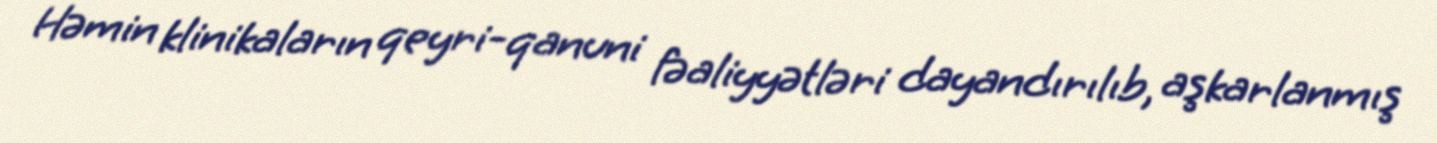
Həmin klinikaların qeyri-qanuni fəaliyyətləri dayandırılıb, aşkarlanmış